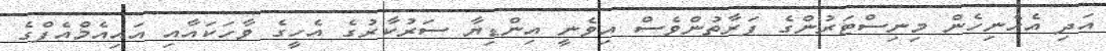
އަދި އެހެނިހެން މިނިސްޓަރުންގެ ފަރާތުންވެސް އިވެނީ އިންޑިޔާ ސަރުކާރުގެ އެހީގެ ވާހަކައާއި އައިއެމްއެފްގެ